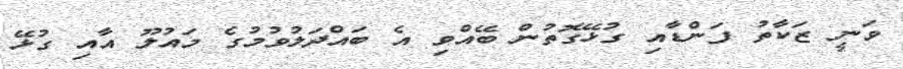
ވަނީ ޒަކާތު ފަންޑާއި ގުޅޭގޮތުން ބޭއްވި އެ ބައްދަލުވުމުގެ މައުލޫ އާއި ގުޅޭ